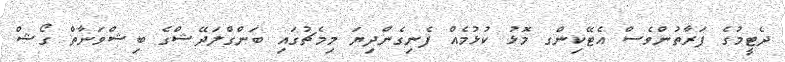
ދެޓީމުގެ ފަރާތުންވެސް އެޓޭކިންގ މޮޅު ކުޅުމެއް ފެނިގެންދިޔަ މިމެޗުގައި ބަންގްލަދޭޝްގެ ބިޝްވަނާތް ގޯޝް